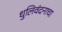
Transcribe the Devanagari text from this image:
धुलिवंदनाचा